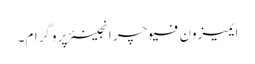
ایمیزون فیوچر انجینئر پروگرام۔